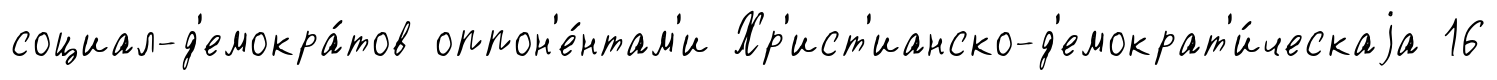
социал-д'емокра́тов оппон'е́нтам'и Хр'ист'ианско-д'емократ'и́ческаjа 16